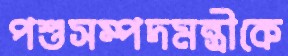
পশুসম্পদমন্ত্রীকে